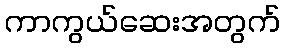
ကာကွယ်ဆေးအတွက်